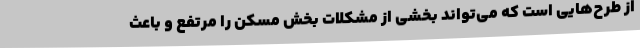
از طرح‌هایی است که می‌تواند بخشی از مشکلات بخش مسکن را مرتفع و باعث